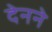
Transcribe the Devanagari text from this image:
देनने